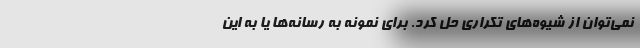
نمي‌توان از شيوه‌هاي تكراري حل كرد. براي نمونه به رسانه‌ها يا به اين